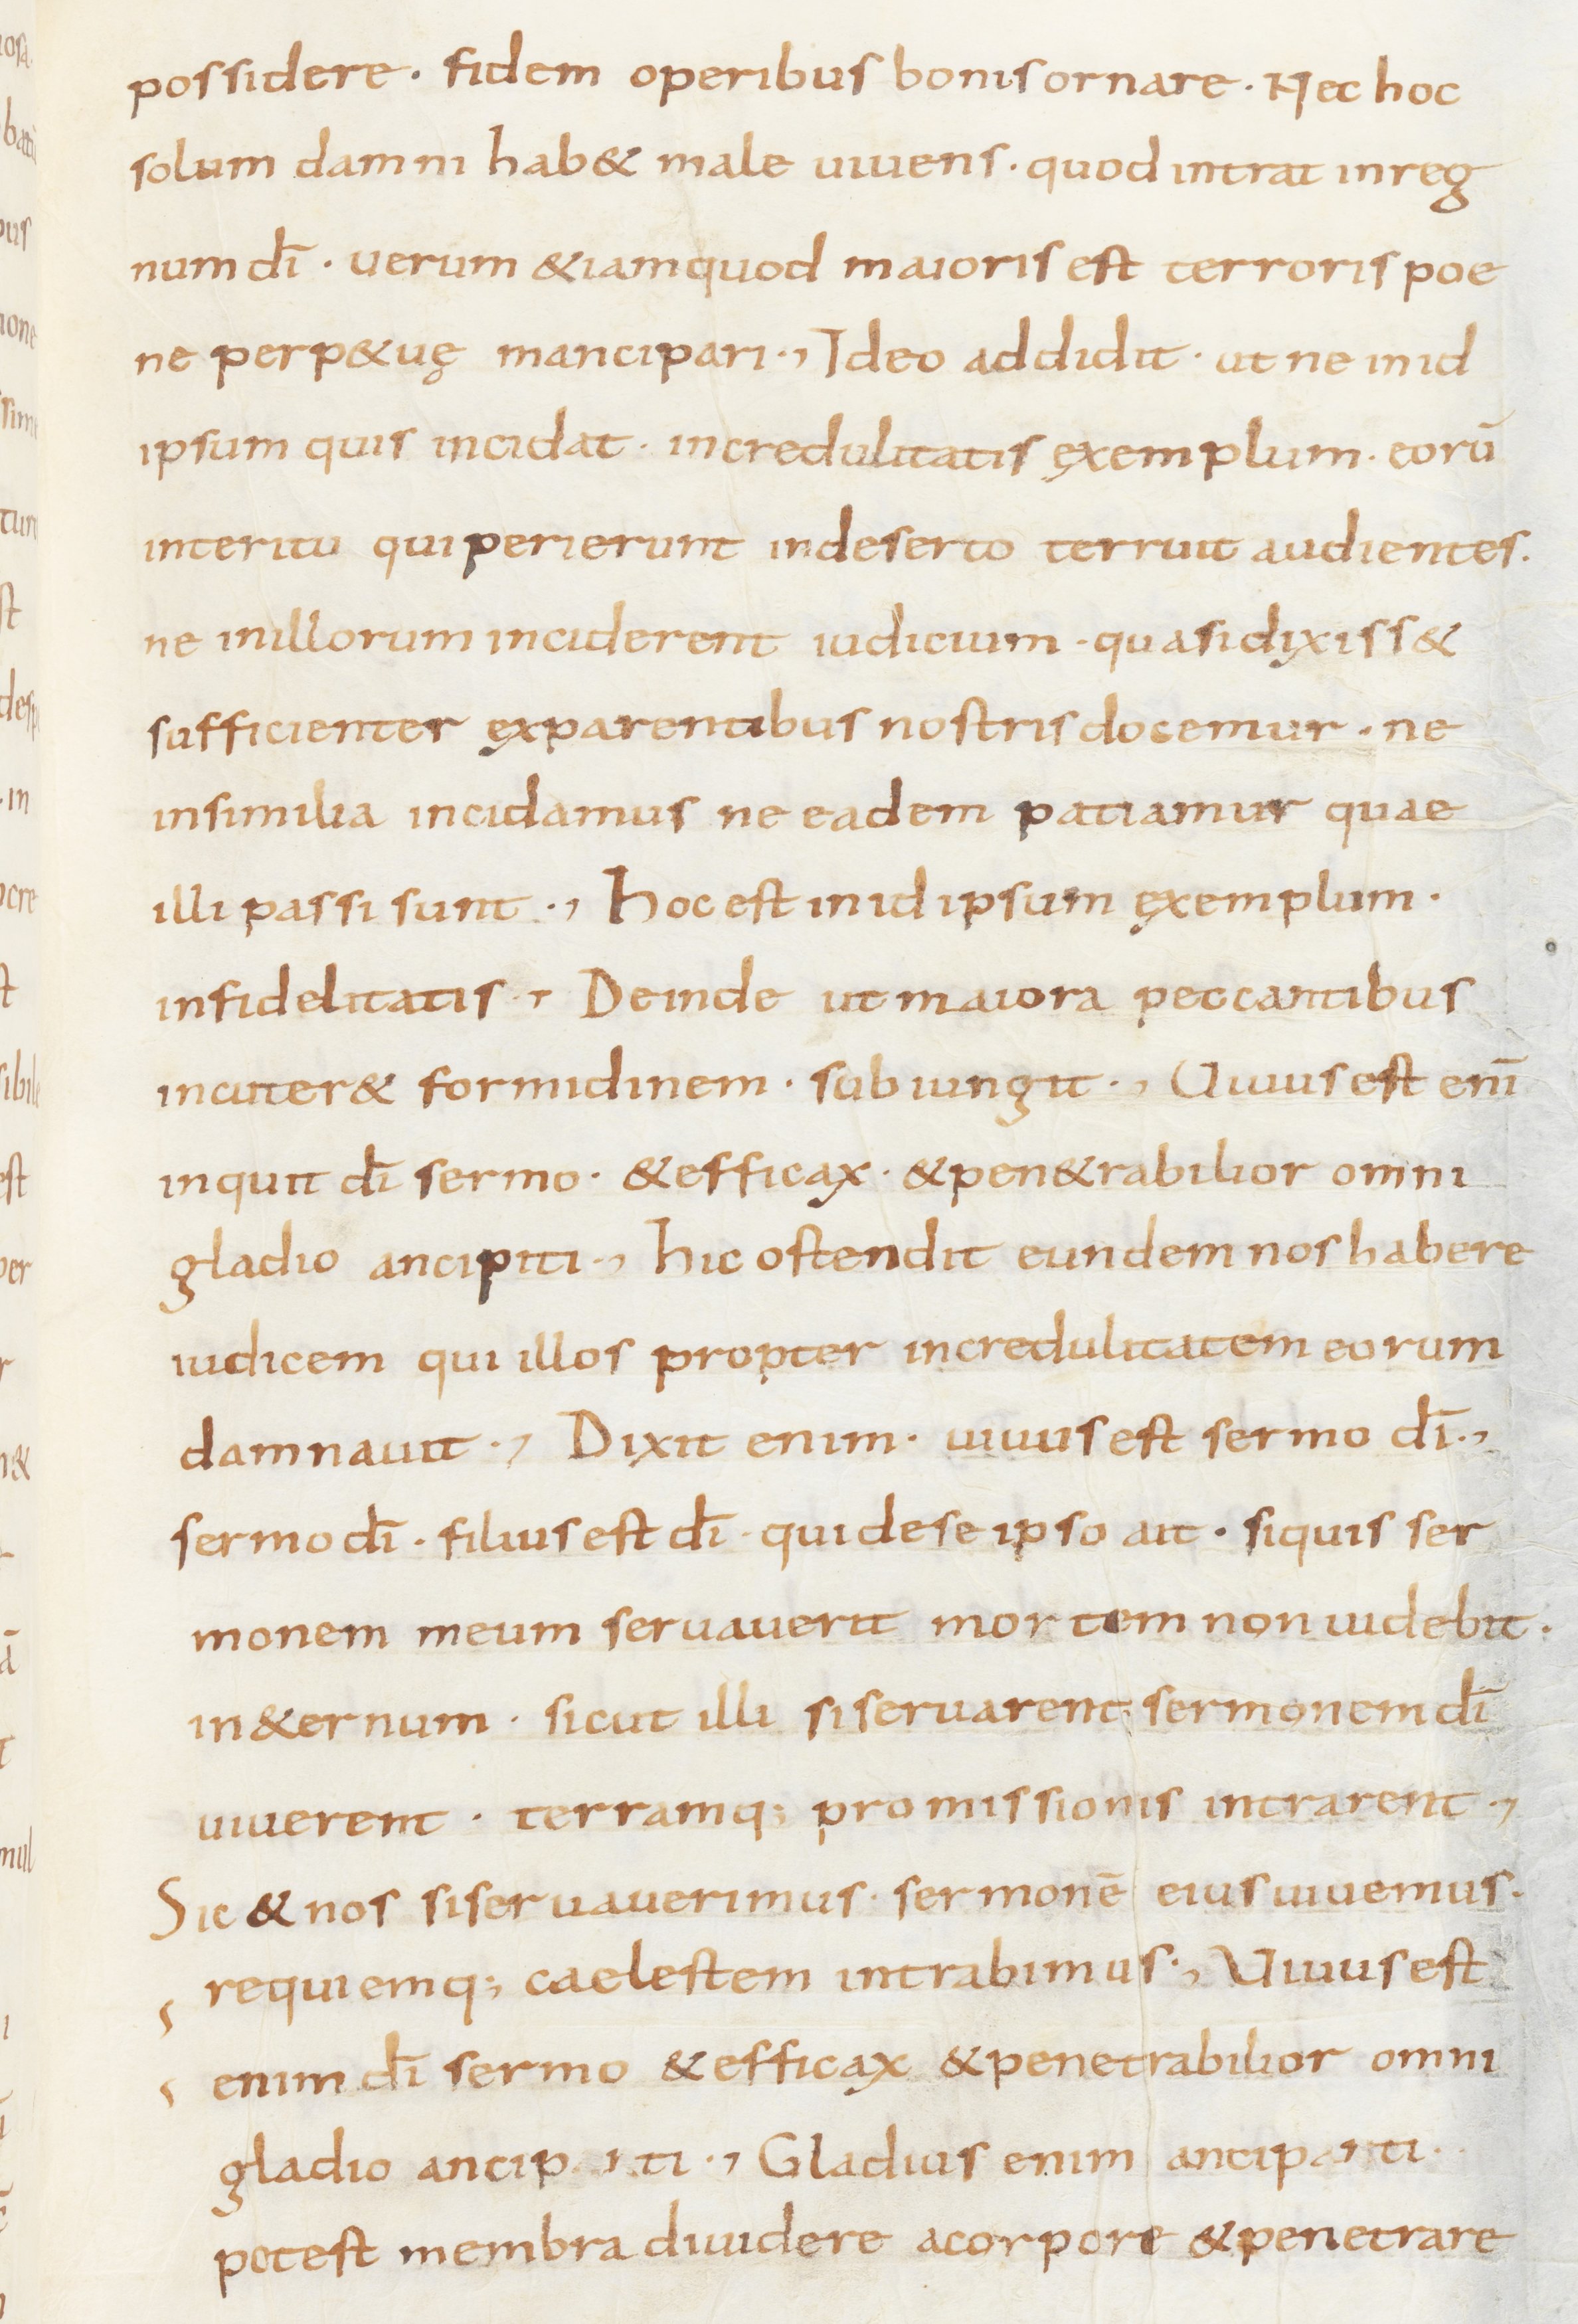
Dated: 800–849